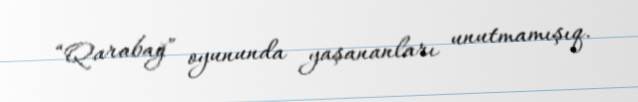
“Qarabağ” oyununda yaşananları unutmamışıq.